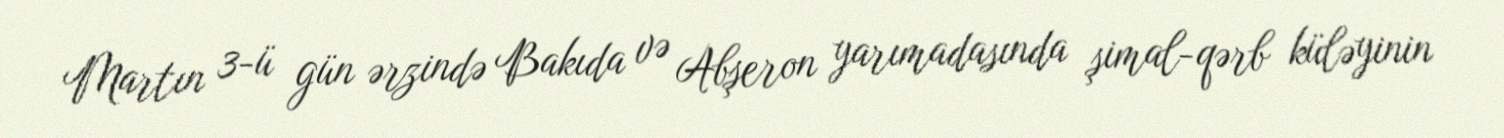
Martın 3-ü gün ərzində Bakıda və Abşeron yarımadasında şimal-qərb küləyinin